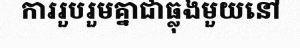
ការរួបរួមគ្នាជាធ្លុងមួយនៅ